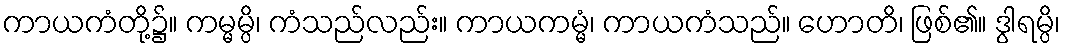
ကာယကံတို့၌။ ကမ္မမ္ပိ၊ ကံသည်လည်း။ ကာယကမ္မံ၊ ကာယကံသည်။ ဟောတိ၊ ဖြစ်၏။ ဒွါရမ္ပိ၊